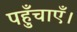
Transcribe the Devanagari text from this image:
पहुँचाएँ।